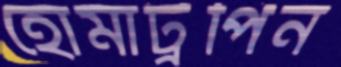
হোমাট্রপিন